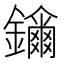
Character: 𨯖